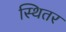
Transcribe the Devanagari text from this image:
स्थितर